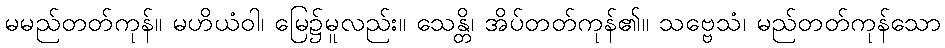
မမည်တတ်ကုန်။ မဟိယံဝါ၊ မြေ၌မူလည်း။ သေန္တိ၊ အိပ်တတ်ကုန်၏။ သဗ္ဗေသံ၊ မည်တတ်ကုန်သော